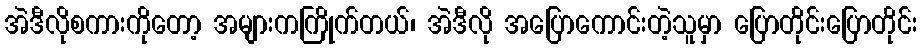
အဲဒီလိုစကားကိုတော့ အများကကြိုက်တယ်၊ အဲဒီလို အပြောကောင်းတဲ့သူမှာ ပြောတိုင်းပြောတိုင်း